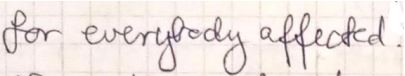
for everybody affected.